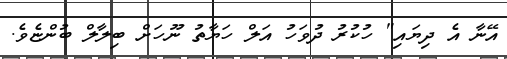
އޭނާ އެ ދިޔައި" ހުކުރު ދުވަހު އަލް ހަޔާތު ނޫހަށް ބިލާލް ބުންޏެވެ.